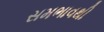
સમભાવથી